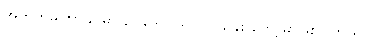
အတွက်မကြာခင်မှာ ဥပဒေ တရပ် ပြဌာန်း တော့မှာဖြစ်ပါတယ်။